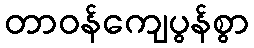
တာဝန်ကျေပွန်စွာ